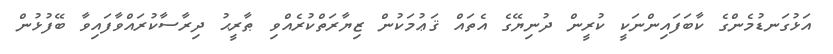
އަޅުގަނޑުމެންގެ ކާބަފައިންނަކީ ކުރީން ދުނިޔޭގެ އެތައް ޤަޢުމަކުން ޒިޔާރަތްކުރެއްވި ޠާރީޙު ދިރާސާކުރައްވާފައިވާ ބޭފުޅުން